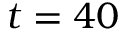
t = 4 0